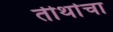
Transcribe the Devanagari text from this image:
तीर्थाचा